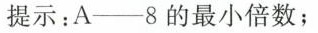
提示：A──8的最小倍数；